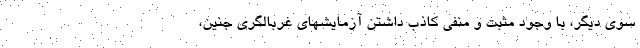
سوی دیگر، با وجود مثبت و منفی کاذب داشتن آزمایشهای غربالگری جنین،